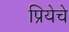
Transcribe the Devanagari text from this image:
प्रियेचे